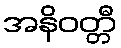
အနိဝတ္တီ